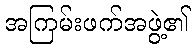
အကြမ်းဖက်အဖွဲ့၏